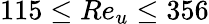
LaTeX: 115\leq Re_{u}\leq 356